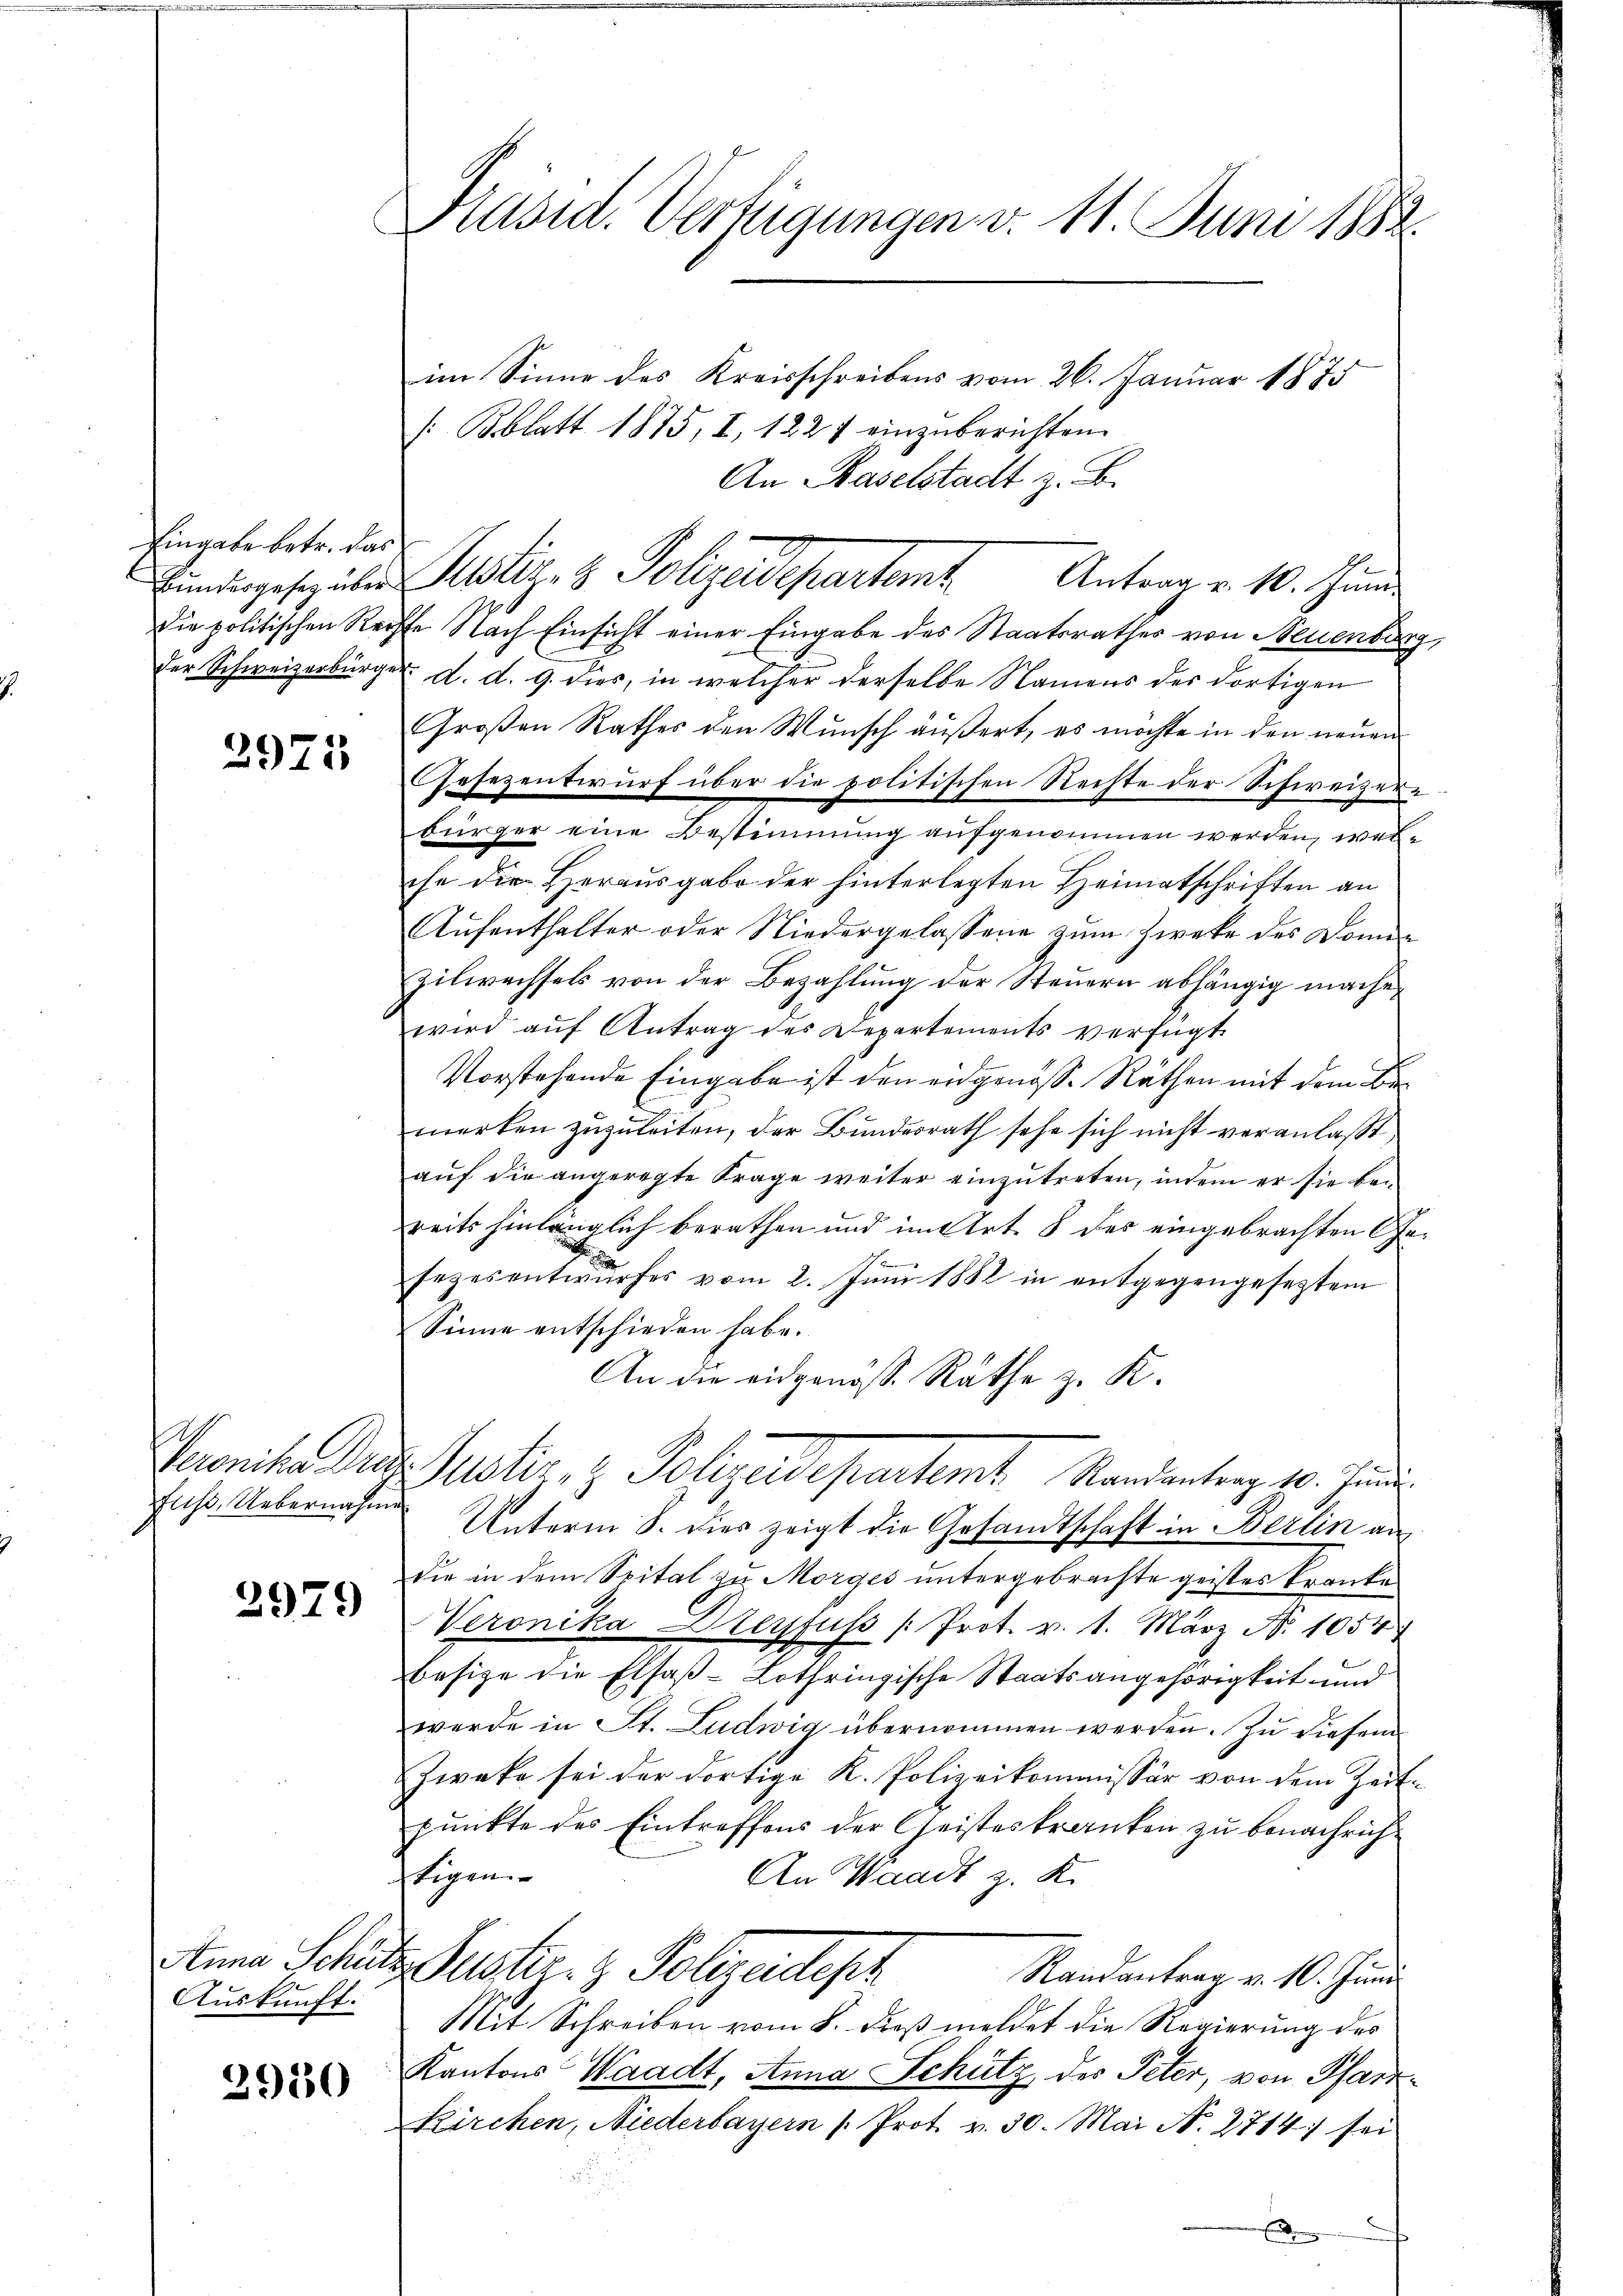
Eingabe betr. das
Die politischen Rei

2975

fuss. Uebernahme

2979

Anna Schön
Auskunft.

2950

Präsid. Verfügungen v. 11. Juni 1882.
im Sinne des Kreisschreibens vom 26. Januar 1875
/:Bblatt 1875, I, 1227 einzuberichten.

An Baselstadt z. B.
e Nach Einsicht einer Eingabe des Staatsrathes von Neuenbur
der Schweizerbürger d. d. 9. dies, in welcher derselbe Namens des dortigen
Großen Rathes den Wunsch äußert, es möchte in den neuen
Gesezentwurf über die politischen Rechte der Schweizer
bürger eine Bestimmung aufgenommen werden, welche die Herausgabe der hinterlegten Heimatschriften an
Aufenthalter oder Niedergelassene zum Zwecke des Dome¬
Zilwachsels von der Bezahlung der Steuern abhängig mache,
wird auf Antrag des Departements verfügt
Vorstehende Eingabe ist den eidgenöss. Räthen mit dem Bemerken zuzuleiten, der Bundesrath sehe sich nicht veranlaßt,
auf die angeregte Frage weiter einzutreten, indem er sie bereits hinlänglich berathen und im Art. 8 des eingebrachten Geb
sezesentwŭrfes vom 2. Jŭni 1882 in entgegengesetztem
Sinne entschieden habe.
An die eidgenöss. Räthe z. K.
Sereniten das Justiz, z. Polizeidepartamt Randantrag 10. Juni
Unterm 8. dies zeigt die Gesandtschaft in Berlin an
die in dem Spital zu Morges untergebrachte geistes Kranke
Veronika Dreyfuss /: Prot. v. 1. März N. 1054
Besize die Elsaß-Lothringische Staatsangehörigkeit und
werde in St. Ludwig übernommen werden. Zu diesen
Zweke sei der dortige K. Polizeikommissär von dem Zeit-
punkte des Eintreffens der Geisteskranken zu benachrichstigen
An Waadt z. K.
E. Suster. z. Folgendesch
Randantrag v. 10. Juni
Mit Schreiben vom 8. dieß meldet die Regierung des
Kantons Waadt, Anna Schutz des Peter, von Pfarr¬
Kirchen, Niederbayern / Prot. v. 30. Mai N. 2714) sei

Endingesezeten Kostiz- & Polizeidepartamt Antrag v. 10. Juni